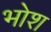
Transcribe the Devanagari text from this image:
भोश